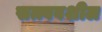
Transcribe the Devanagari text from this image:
सत्त्ववशील